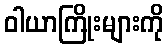
ဝါယာကြိုးများကို